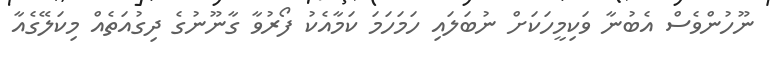
ނޫހުންވެސް އެބުނާ ވަކިމީހަކަށް ނުބަލައި ހަމަހަމަ ކަމާއެކު ފޯރުވާ ގާނޫނުގެ ދިގުއަތެއް މިކަލޭގެއާ